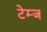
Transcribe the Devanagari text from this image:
टेम्ज